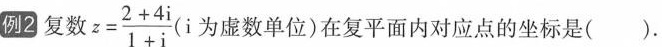
例2 复数 $$z= \frac{2+4i}{1+i}$$ (i为虚数单位)在复平面内对应点的坐标是（）.